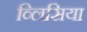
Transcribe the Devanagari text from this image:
व्लिसिया